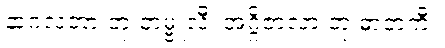
နာဂလတာ တု တမ္ဗူလီ၊ အဂ္ဂိဇာလာ တု ဓာတကီ။